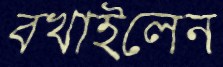
বখাইলেন